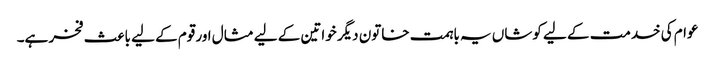
عوام کی خدمت کے لیے کوشاں یہ باہمت خاتون دیگر خواتین کے لیے مثال اور قوم کے لیے باعث فخر ہے۔